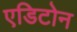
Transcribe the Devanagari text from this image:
एडिटोन